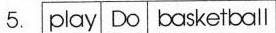
5.play Do basketball